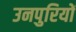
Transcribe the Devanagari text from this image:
उनपुरियों